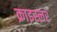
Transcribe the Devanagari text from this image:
क्राइस्लर